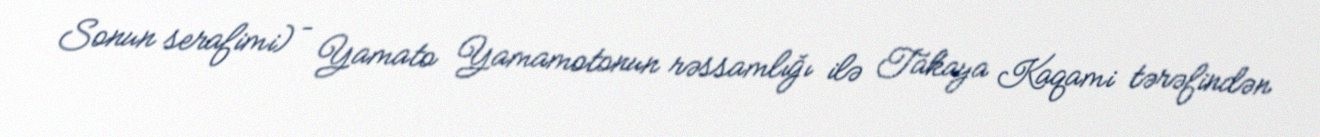
Sonun serafimi) – Yamato Yamamotonun rəssamlığı ilə Takaya Kaqami tərəfindən